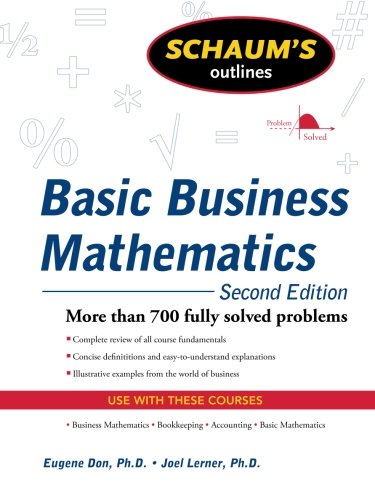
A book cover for Schaum's Outline of Basic Business Mathematics, 2ed (Schaum's Outlines); Eugene Don ; Business & Money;